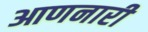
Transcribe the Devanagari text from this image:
आणनारी